Report on the Civil Veterinary Department, Eastern Bengal and Assam - 1907-1911
Year: 1907
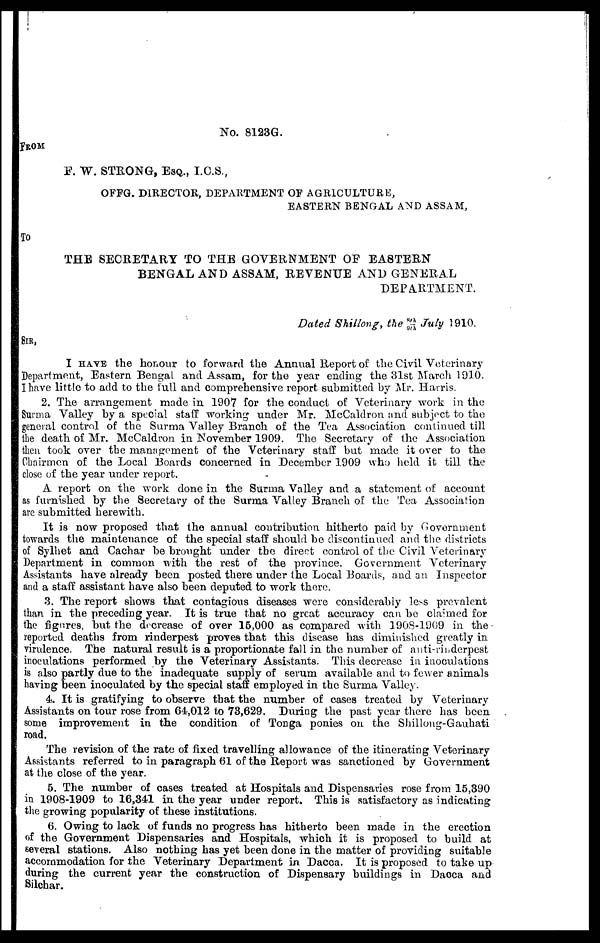
No. 8123G.
FROM
F. W. STRONG, ESQ., I.C.S.,
OFFG. DIRECTOR, DEPARTMENT OF AGRICULTURE,
EASTERN BENGAL AND ASSAM,
TO
THE SECRETARY TO THE GOVERNMENT OF EA8TERN
BENGAL AND ASSAM, REVENUE AND GENERAL
DEPARTMENT.
Dated Shillong, the 8th/9th July 1910.
SIR,
I HAVE the honour to forward the Annual Report of the Civil Veterinary
Department, Eastern Bengal and Assam, for the year ending the 31st March 1910.
I have little to add to the full and comprehensive report submitted by Mr. Harris.
2. The arrangement made in 1907 for the conduct of Veterinary work in the
Surma Valley by a special staff working under Mr. McCaldron and subject to the
general control of the Surma Valley Branch of the Tea Association continued till
the death of Mr. McCaldron in November 1909. The Secretary of the Association
then took over the management of the Veterinary staff but made it over to the
Chairmen of the Local Boards concerned in December 1909 who held it till the
close of the year under report.
A report on the work done in the Surma Valley and a statement of account
as furnished by the Secretary of the Surma Valley Branch of the Tea Association
are submitted herewith.
It is now proposed that the annual contribution hitherto paid by Government
towards the maintenance of the special staff should be discontinued and the districts
of Sylhet and Cachar be brought under the direct control of the Civil Veterinary
Department in common with the rest of the province. Government Veterinary
Assistants have already been posted there under the Local Boards, and an Inspector
and a staff assistant have also been deputed to work there.
3. The report shows that contagious diseases were considerably less prevalent
than in the preceding year. It is true that no great accuracy can be claimed for
the figures, but the decrease of over 15,000 as compared with 1908-1909 in the
reported deaths from rinderpest proves that this disease has diminished greatly in
virulence. The natural result is a proportionate fall in the number of anti-rinderpest
inoculations performed by the Veterinary Assistants. This decrease in inoculations
is also partly due to the inadequate supply of serum available and to fewer animals
having been inoculated by the special staff employed in the Surma Valley.
4. It is gratifying to observe that the number of cases treated by Veterinary
Assistants on tour rose from 64,012 to 73,629. During the past year there has been
some improvement in the condition of Tonga ponies on the Shillong-Gauhati
road.
The revision of the rate of fixed travelling allowance of the itinerating Veterinary
Assistants referred to in paragraph 61 of the Report was sanctioned by Government
at the close of the year.
5. The number of cases treated at Hospitals and Dispensaries rose from 15,390
in 1908-1909 to 16,341 in the year under report. This is satisfactory as indicating
the growing popularity of these institutions.
6. Owing to lack of funds no progress has hitherto been made in the erection
of the Government Dispensaries and Hospitals, which it is proposed to build at
several stations. Also nothing has yet been done in the matter of providing suitable
accommodation for the Veterinary Department in Dacca. It is proposed to take up
during the current year the construction of Dispensary buildings in Dacca and
Silchar.